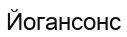
Йогансонс